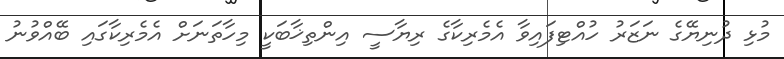
މުޅި ދުނިޔޭގެ ނަޒަރު ހުއްޓިފައިވާ އެމެރިކާގެ ރިޔާސީ އިންތިޚާބަކީ މިހާތަނަށް އެމެރިކާގައި ބޭއްވުނު